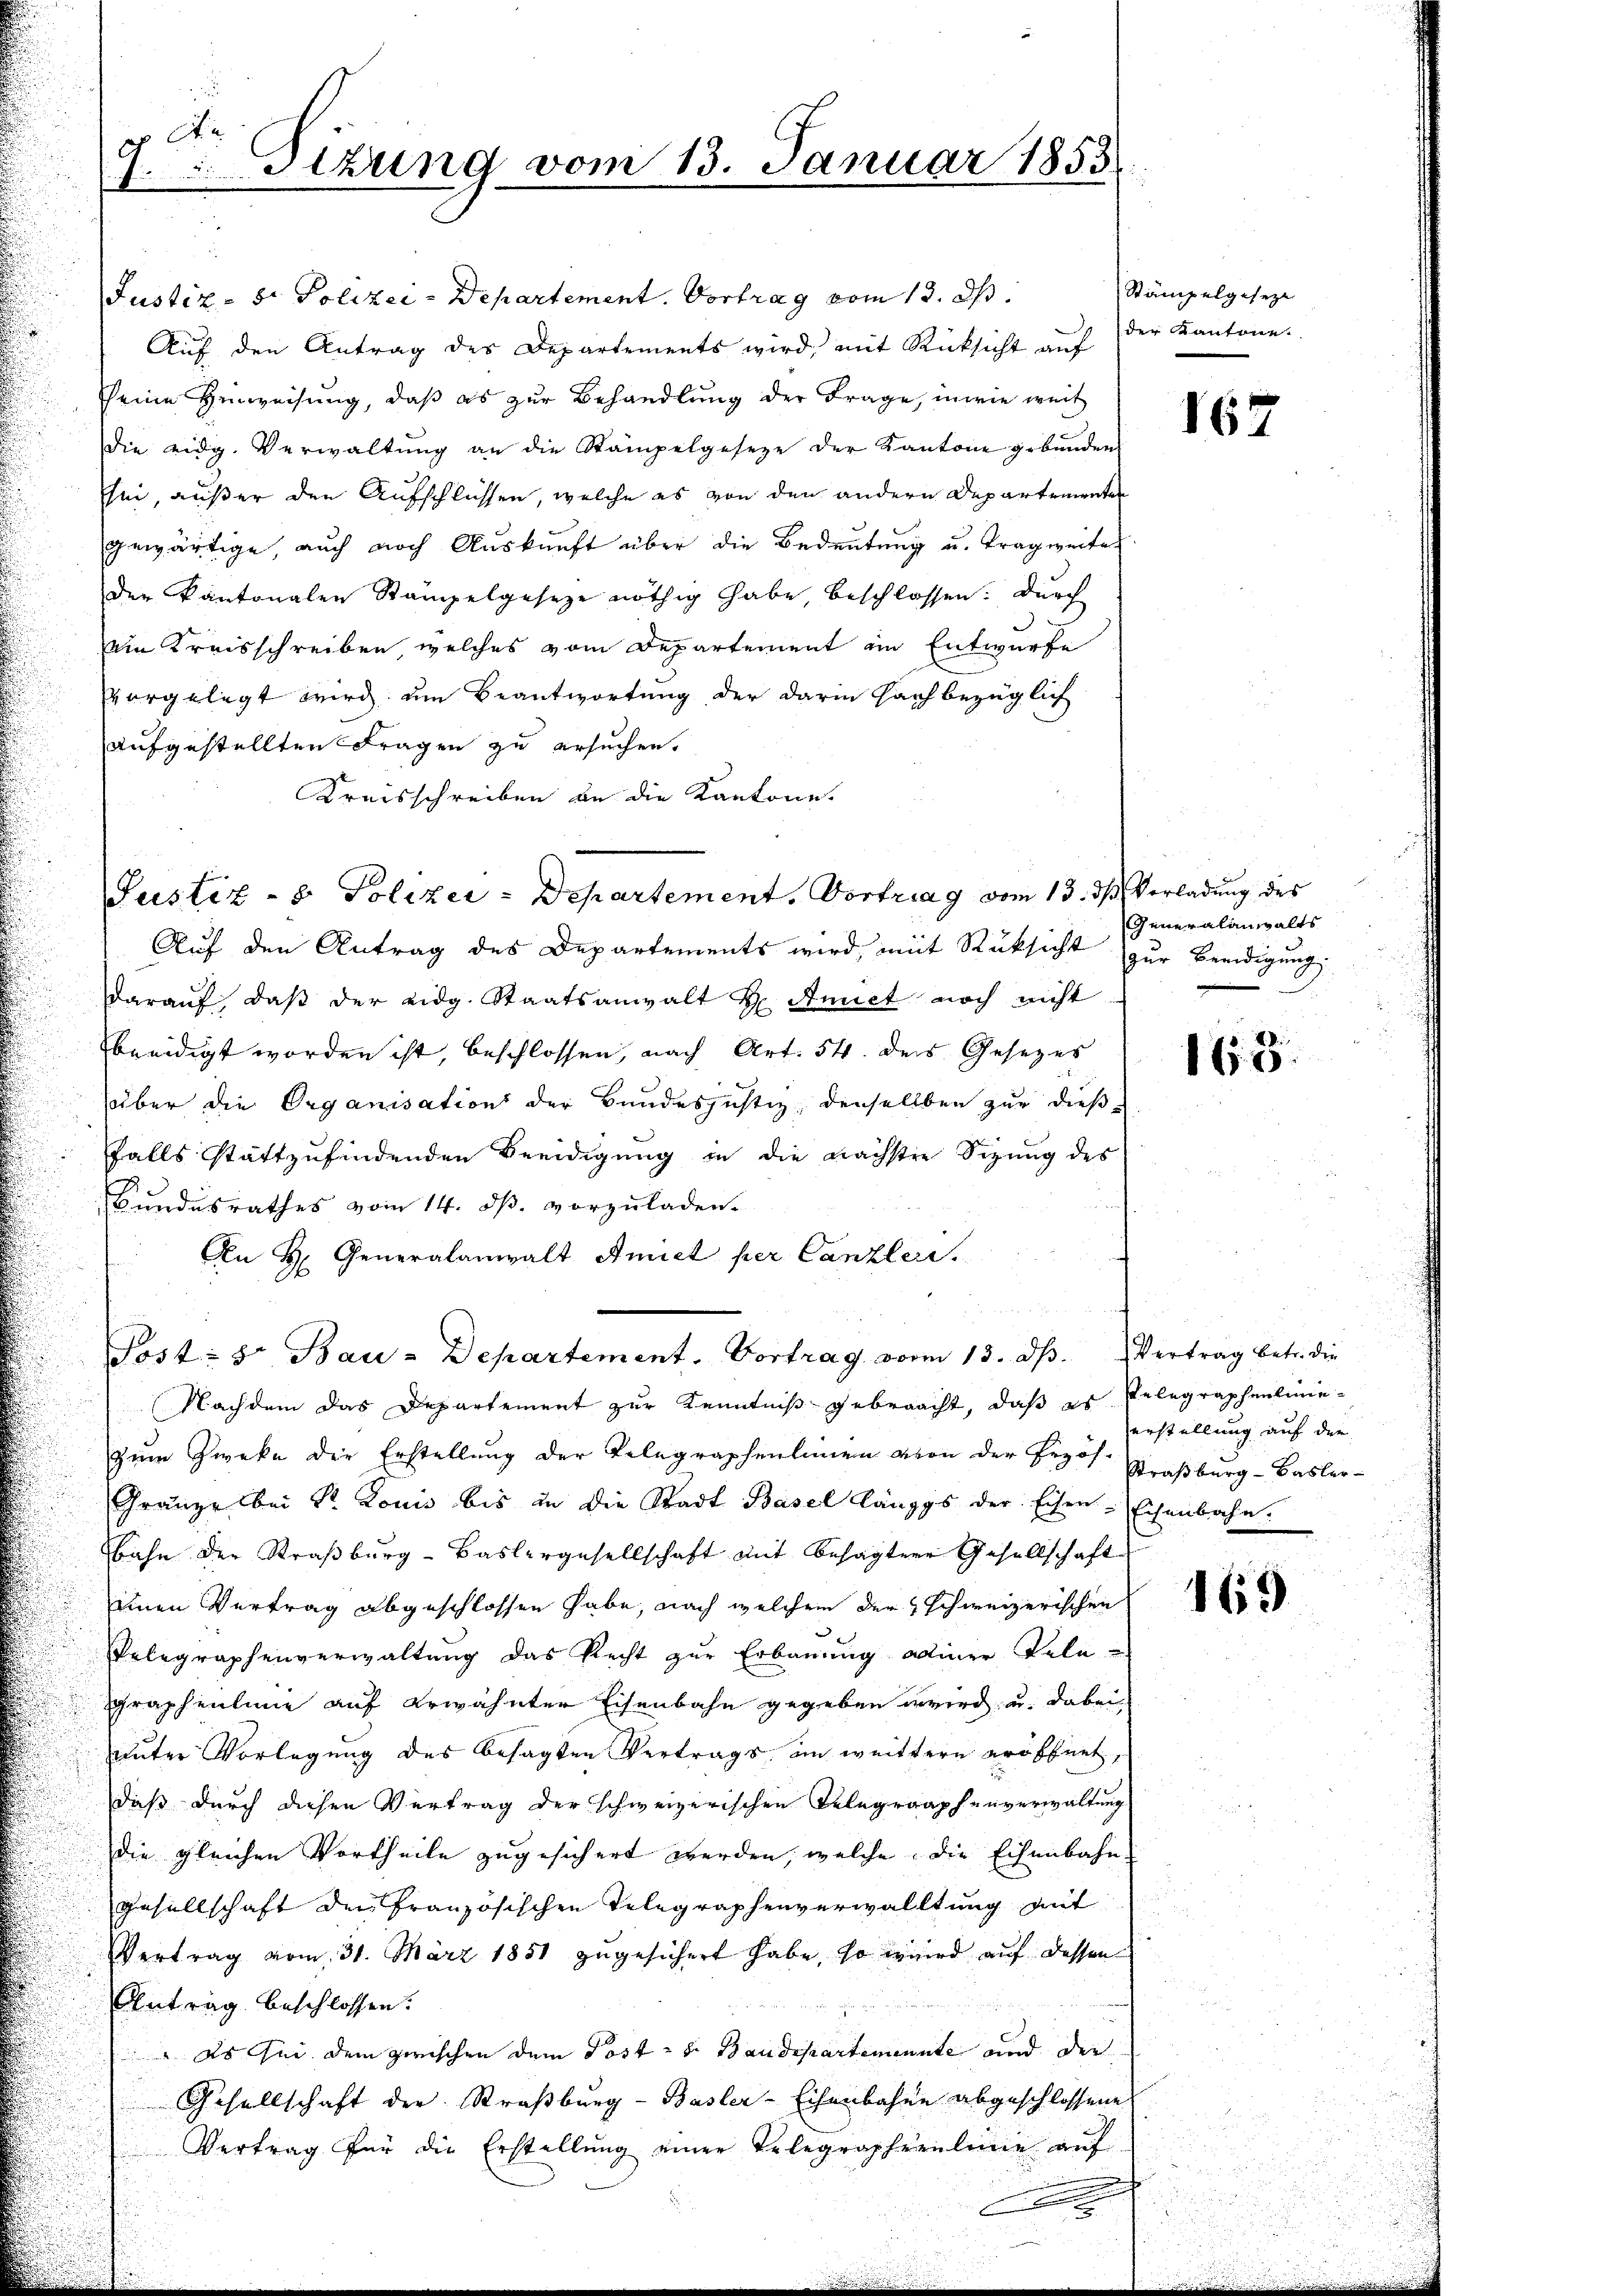
d
1.Sizung vom 13. Januar 1853.

Justiz- St. Polizei-Departement. Vortrag vom 13. ds.
Aŭf den Antrag des Departements wird, mit Rücksicht aŭf der Kantone.
seine Hinweisung, daß es zur Behandlung der Frage, in wie weit
die eidg. Verwaltung an die Stampelgeseze der Kantone gebunden
sei, außer den Aufschlüssen, welche es von den andern Departementen
gewärtige, auch noch Auskunft über die Bedeutung u. Tragweiter
der Kantonalen Stampelgeseze nöthig habe, beschlossen: Durch
ein Kreisschreiben, welches vom Departement im Entwurfe
vorgelegt wird um Beantwortung der darin fach bezüglich
aufgestellten Fragen zu ersuchen.
Kreisschreiben de die Kantone.
Auf den Antrag des Departements wird, mit Rüksicht zur Beeidigung
darauf, daβ der eidg. Staatsanwalt H. Amiet noch nicht
beeidigt worden ist, beschlossen, nach Art. 54. des Gesezes
über die Organisation der Bundeshichtig, denselben zur dießfalls stattzufindenden Beeidigung in die nächsten Sizung des
Bundesrathes vom 14. ds. vorzuladen.
An H. Generalanwalt Amict per Canzler.
Post- & Bau-Departement. Vortrag vom 13. dβ. Vertrag betr. die
Nachdem das Departement zur Kenntniß gebracht, daß es Telegraphenliniezum Zwecke der Erstellung der Telegraphenleinen von der Erzös. Graßburg-Basler-
Gränze bei Sr. Louis bis in die Stadt Basel längs der Eisen - Eisenbahn.
Bahn der Straßburg - Baslergesellschaft mit besagtere Gesellschaft
einen Vertrag abgeschlossen habe, nach welchem der schweizerischen
Pelegraphenverwaltung das Recht zur Erbauung admer Tele¬
Graphenlinie auf erwähnter Eisenbahn gegeben wird u. dabei,
unter Vorlegung des besagten Vertrags, im weittern eröffnet,
daß durch diesen Vertrag der schweizerischen Gelegraphenverwaltung
die gleichen Vortheile zugesichert werden, welche die Eisenbahn-
Gesellschaft der Französischen Telegraphenverwalltung mit
Vertrag vom 31. März 1851 zugesichert habe, so wird auf dessen
Antrag beschlossen:
" Es sei dem zwischen dem Post - 8. Baudepartemente und die
Gesellschaft der Straßburg - Basler-Eisenbahne abgeschlossene
Vertrag für die Erstellung einer Telegrapherlinie auf

Justiz - 8 Polizei-Departement. Vortrag vom 13. ds Verladung des

Stämpelgeseze

167

Generalanwalts

165.

erstellung auf der

169